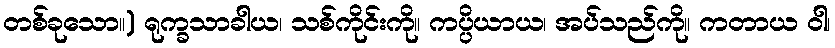
တစ်ခုသော။) ရုက္ခသာခါယ၊ သစ်ကိုင်းကို။ ကပ္ပိယာယ၊ အပ်သည်ကို။ ကတာယ ဝါ၊